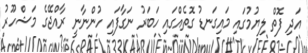
އަދި ފޮތް ލިޔުމުގައި މައިގަނޑު ގޮތެއްގައި ހަބަރު ނަގާފައި ހުންނާނީ ރާއްޖޭގެ މަޝްހޫރު